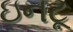
ઇનટૂ